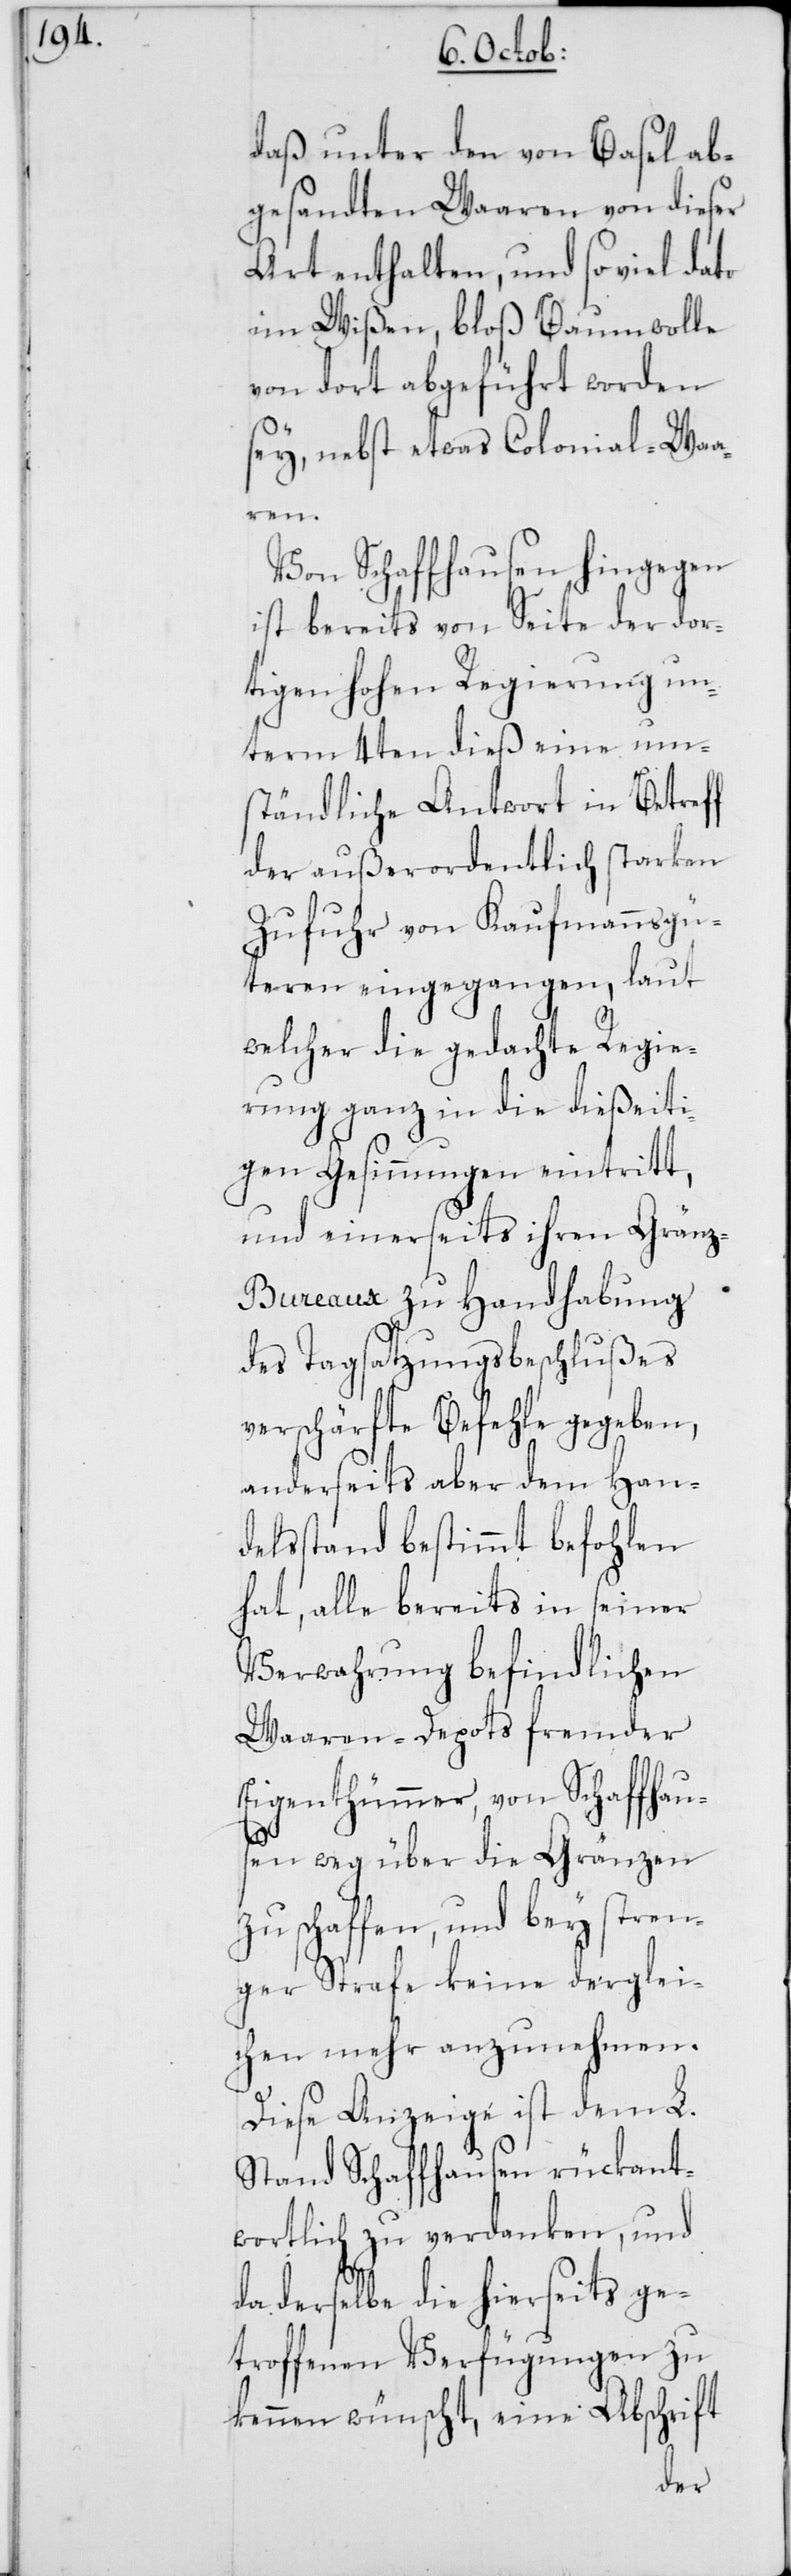
daß unter den von Basel ab¬
gesandten Waaren von dieser
Art enthalten, und so viel dato
im Wißen, bloß Baumwolle
von dort abgeführt worden
sey, nebst etwas Colonial-Waa¬
ren.
Von Schaffhausen hingegen
ist bereits von Seite der dor¬
tigen hohen Regierung un¬
term 4ten dieß eine um¬
ständliche Antwort in Betreff
der außerordentlich starken
Zufuhr von Kaufmannsgü¬
teren eingegangen, laut
welcher die gedachte Regie¬
rung ganz in die dießeiti¬
gen Gesinnungen eintritt,
und einerseits ihren Gränz-B¬
ureaux zu Handhabung
des Tagsatzungsbeschlußes
verschärfte Befehle gegeben,
anderseits aber dem Han¬
delsstand bestimmt befohlen
hat, alle bereits in seiner
Verwahrung befindlichen
Waaren-Depots fremder
Eigenthümmer, von Schaffhaus¬
en weg über die Gränzen
zu schaffen, und bey stren¬
ger Strafe keine derglei¬
chen mehr anzunehmen.
Diese Anzeige ist dem L.
Stand Schaffhausen rückant¬
wortlich zu verdanken, und
da derselbe die hierseits ge¬
troffenen Verfügungen zu
kennen wünscht, eine Abschrift